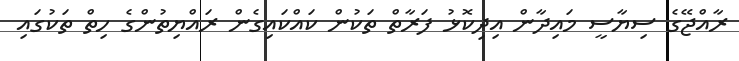
ރާއްޖޭގެ ސިޔާސީ މައިދާން އިދިކޮޅު ފަރާތް ތަކުން ކައްކައިގެން ރައްޔިތުންގެ ހިތް ތަކުގައި